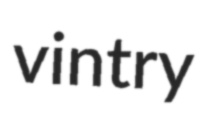
vintry